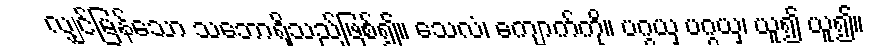
လျှင်မြန်သော သဘောရှိသည်ဖြစ်၍။ သေလံ၊ ကျောက်ကို။ ပဂ္ဂယှ ပဂ္ဂယှ၊ ယူ၍ ယူ၍။